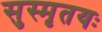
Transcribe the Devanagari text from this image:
सुस्मृतयः